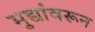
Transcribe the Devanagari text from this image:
मुद्यांवरून